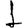
Digit: 1